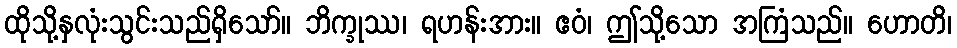
ထိုသို့နှလုံးသွင်းသည်ရှိသော်။ ဘိက္ခုဿ၊ ရဟန်းအား။ ဧဝံ၊ ဤသို့သော အကြံသည်။ ဟောတိ၊